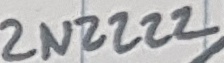
Text: 2N2222